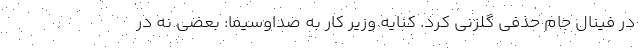
در فینال جام حذفی گلزنی کرد. کنایه وزیر کار به صداوسیما: بعضی نه در